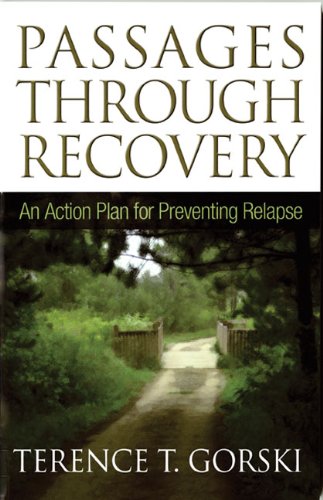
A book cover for Passages Through Recovery: An Action Plan for Preventing Relapse; Terence T Gorski; Health, Fitness & Dieting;